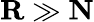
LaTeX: \mathbf R\gg\mathbf N